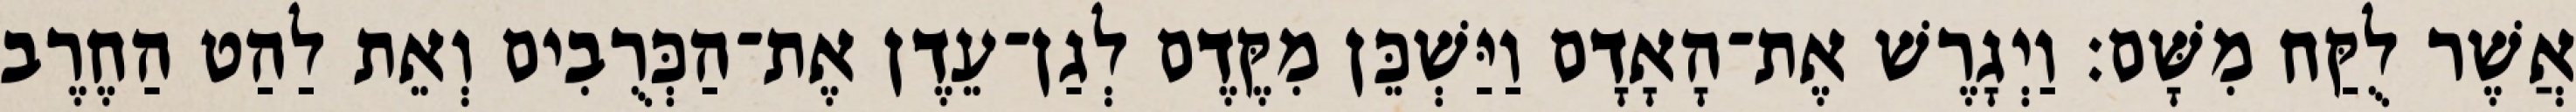
אֲשֶׁר לֻקַּח מִשָּׁם׃ וַיְגָרֶשׁ אֶת־הָאָדָם וַיַּשְׁכֵּן מִקֶּדֶם לְגַן־עֵדֶן אֶת־הַכְּרֻבִים וְאֵת לַהַט הַחֶרֶב